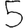
Digit: 5